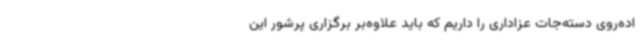
اده‌روی دسته‌جات عزاداری را داریم که باید علاوه‌بر برگزاری پرشور این